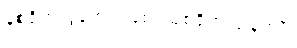
ဒုစရိုက်လွန်ကျူးပြစ်၊ သုစရိုက်လုံခြုံကျိုး